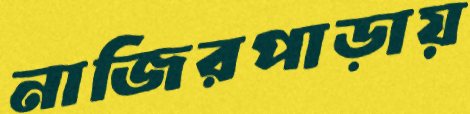
নাজিরপাড়ায়